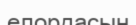
елордасын